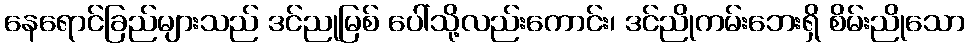
နေရောင်ခြည်များသည် ဒင်ညုမြစ် ပေါ်သို့လည်းကောင်း၊ ဒင်ညိုကမ်းဘေးရှိ စိမ်းညိုသော